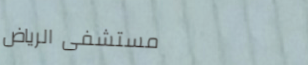
مستشفى الرياض